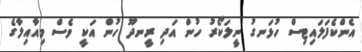
އެންކެފަލައިޓިސް ހުޅަނގު ނީލަކޯރު ހުން އަދި ރީނދޫ ހުން އަކީ ވެސް މިއާއިލާގެ